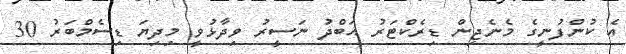
އެ ކުންފުނީގެ މެނެޖިން ޑިރެކްޓަރު އަބްދު ނަސީރު ވިދާޅުވީ މިދިޔަ ޑިސެމްބަރު 30